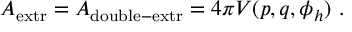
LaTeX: A _ { \mathrm { e x t r } } = A _ { \mathrm { d o u b l e - e x t r } } = 4 \pi V ( p , q , \phi _ { h } ) \ .